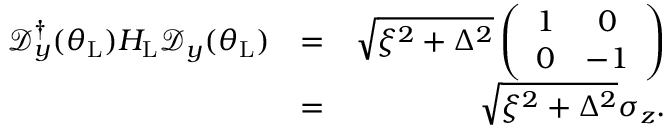
\begin{array} { r l r } { \mathcal { D } _ { y } ^ { \dagger } ( \theta _ { \mathrm { L } } ) H _ { \mathrm { L } } \mathcal { D } _ { y } ( \theta _ { \mathrm { L } } ) } & { = } & { \sqrt { \xi ^ { 2 } + \Delta ^ { 2 } } \left( \begin{array} { c c } { 1 } & { 0 } \\ { 0 } & { - 1 } \end{array} \right) } \\ & { = } & { \sqrt { \xi ^ { 2 } + \Delta ^ { 2 } } \sigma _ { z } . } \end{array}